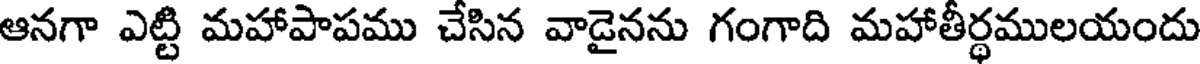
ఆనగా ఎట్టి మహాపాపము చేసిన వాడైనను గంగాది మహాతీర్థములయందు